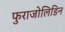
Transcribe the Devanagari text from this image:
फुराजोलिडिन